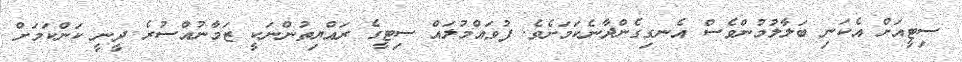
ސިޓީއަށް އެކަނި ބަލާލުމުންވެސް އެނގިގެންދާނެކަމަށެވެ. ފުވައްމުލައް ސިޓީގެ ރައްޔިތުންނަކީ ޒަމާނުއްސުރެ ދީނީ ކަންކަމަށް